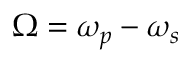
\Omega = \omega _ { p } - \omega _ { s }